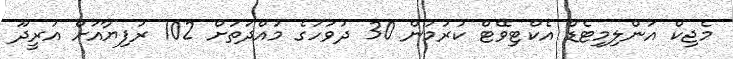
މެޖިކް އަންލިމިޓެޑް އެކްޓިވޭޓް ކުރުމުން 30 ދުވަހުގެ މުއްދަތަށް 102 ރުފިޔާއަށް އުރީދޫ